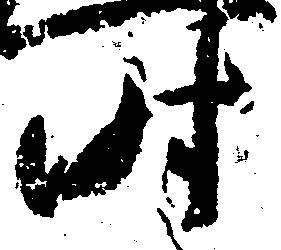
時